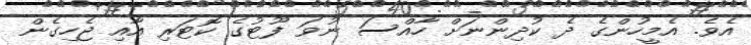
އެވެ. އެމީހުންގެ ދެ ކުދިންނަށް ހާއްސަ ނުވަ ފޫޓުގެ ކޮޓަރި އާއި ޖެހިގެން